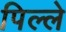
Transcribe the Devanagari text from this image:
पिल्‍ले